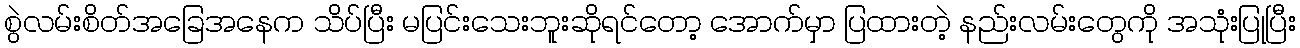
စွဲလမ်းစိတ်အခြေအနေက သိပ်ပြီး မပြင်းသေးဘူးဆိုရင်တော့ အောက်မှာ ပြထားတဲ့ နည်းလမ်းတွေကို အသုံးပြုပြီး